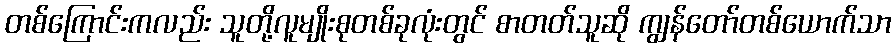
တစ်ကြောင်းကလည်း သူတို့လူမျိုးစုတစ်ခုလုံးတွင် စာတတ်သူဆို ကျွန်တော်တစ်ယောက်သာ